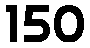
150